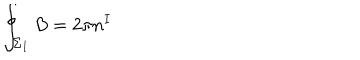
\oint _ { \Sigma _ { I } } B = 2 \pi { } n ^ { I }